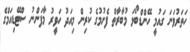
ހަތަރުވަނަ ގައުމީ ހޭންޑްބޯޅަ މުބާރާތް ފެށުމުގެ ކުރިން މިއަދު ހަވީރު މާފަންނު ސްޓޭޑިއަމްގެ